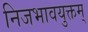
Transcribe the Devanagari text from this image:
निजभावयुक्तम्